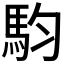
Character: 𮹁